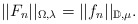
\begin{align*}||F_n||_{\Omega,\lambda}=||f_n||_{\mathbb{D},\mu}.\end{align*}